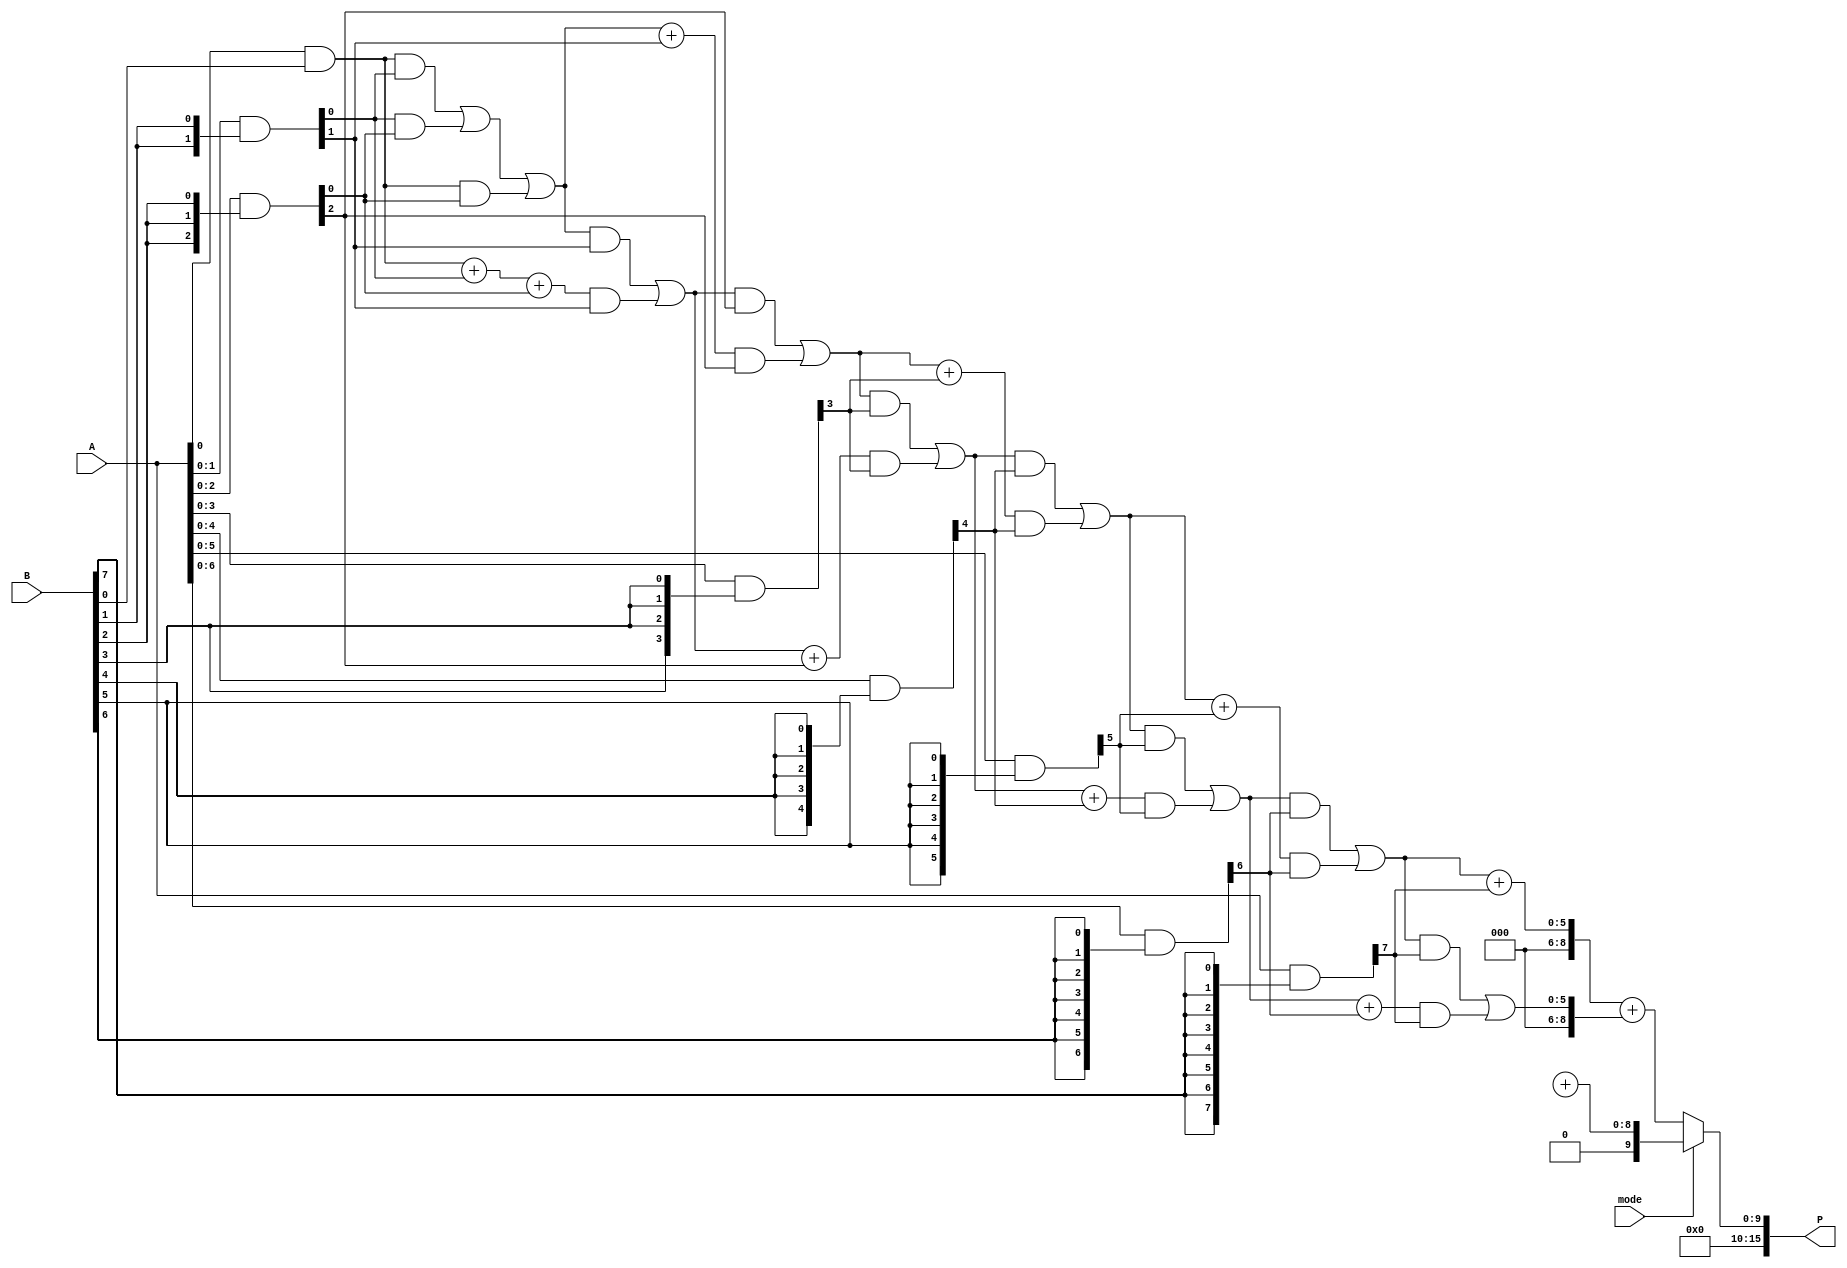
module dual_mode_wallace_tree_multiplier #(
    parameter N = 8 // Bit width of operands
) (
    input [N-1:0] A, // First operand
    input [N-1:0] B, // Second operand
    input mode,      // Mode select (0 for standard, 1 for fast)
    output reg [2*N-1:0] P // Product output
);

    // Internal signals
    reg [N-1:0] partial_products [0:N-1]; // Partial products
    wire [N:0] sum [0:N-1]; // Sum wires for Wallace tree
    wire [N:0] carry [0:N-1]; // Carry wires for Wallace tree
    wire [N-1:0] final_sum;
    wire [N-1:0] final_carry;

    // Generate partial products
    integer i, j;
    always @(*) begin
        for (i = 0; i < N; i = i + 1) begin
            partial_products[i] = A & {N{B[i]}};
        end
    end

    // Wallace tree reduction
    generate
        genvar k;
        for (k = 0; k < N; k = k + 1) begin : reduction
            if (k == 0) begin
                assign sum[k] = partial_products[0][k] + partial_products[1][k] + partial_products[2][k];
                assign carry[k] = (partial_products[0][k] & partial_products[1][k]) | 
                                  (partial_products[1][k] & partial_products[2][k]) | 
                                  (partial_products[0][k] & partial_products[2][k]);
            end else begin
                assign sum[k] = carry[k-1] + partial_products[k][k];
                assign carry[k] = (carry[k-1] & partial_products[k][k]) | 
                                  (sum[k-1] & partial_products[k][k]);
            end
        end
    endgenerate

    // Final addition based on mode
    always @(*) begin
        if (mode == 0) begin
            // Standard mode: Use full Wallace tree reduction
            P = sum[N-1] + carry[N-1];
        end else begin
            // Fast mode: Optimized reduction (example: fewer stages)
            P = final_sum + final_carry; // This would be defined based on optimizations
        end
    end

endmodule